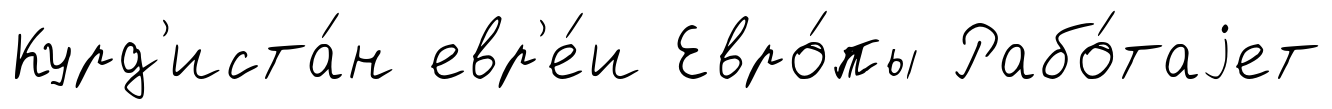
Курд'иста́н евр'е́и Евро́пы Рабо́таjет